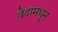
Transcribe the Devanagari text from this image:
वेदामधून